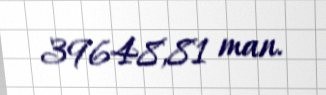
39648,81 man.